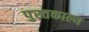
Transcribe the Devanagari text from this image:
पुस्तकाल्य